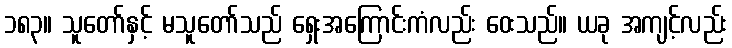
၁၈၃။ သူတော်နှင့် မသူတော်သည် ရှေးအကြောင်းကံလည်း ဝေးသည်။ ယခု အကျင့်လည်း